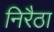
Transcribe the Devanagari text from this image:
निरैठा